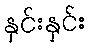
နှင်းနှင်း